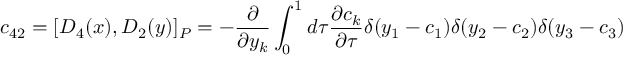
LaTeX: c _ { 4 2 } = [ D _ { 4 } ( x ) , D _ { 2 } ( y ) ] _ { P } = - \frac { \partial } { \partial y _ { k } } \int _ { 0 } ^ { 1 } d \tau \frac { \partial c _ { k } } { \partial \tau } \delta ( y _ { 1 } - c _ { 1 } ) \delta ( y _ { 2 } - c _ { 2 } ) \delta ( y _ { 3 } - c _ { 3 } )